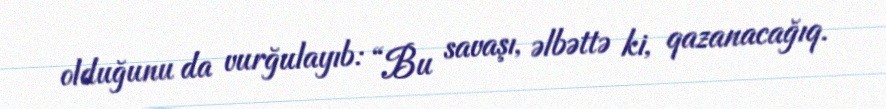
olduğunu da vurğulayıb: “Bu savaşı, əlbəttə ki, qazanacağıq.